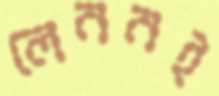
লেননই